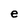
Character: e